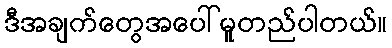
ဒီအချက်တွေအပေါ်မူတည်ပါတယ်။